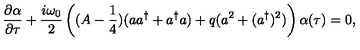
\frac { \partial \alpha } { \partial \tau } + \frac { i \omega _ { 0 } } 2 \left( ( A - \frac 1 4 ) ( a a ^ { \dag } + a ^ { \dag } a ) + q ( a ^ { 2 } + ( a ^ { \dag } ) ^ { 2 } ) \right) \alpha ( \tau ) = 0 ,